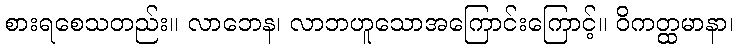
စားရစေသတည်း။ လာဘေန၊ လာဘဟူသောအကြောင်းကြောင့်။ ဝိကတ္ထမာနာ၊